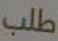
طلب